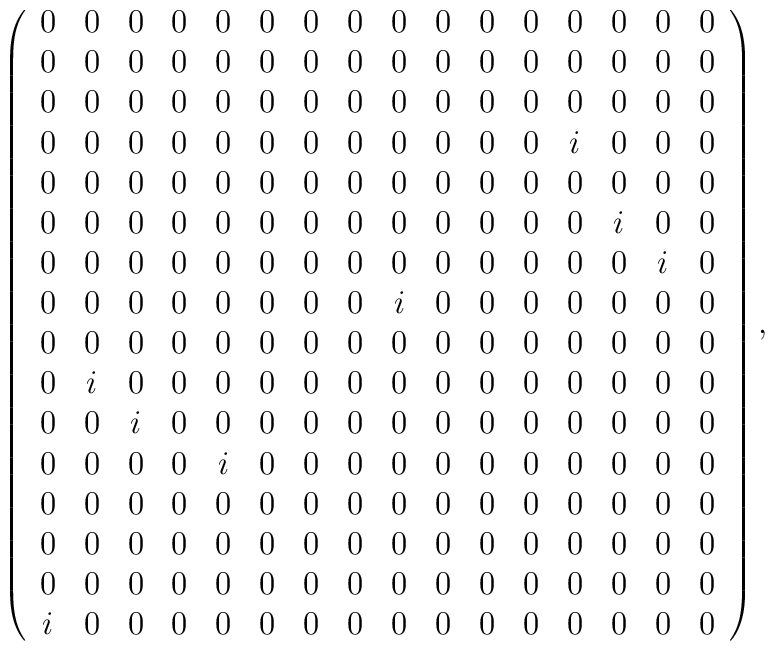
\left(    \begin{array}{cccccccccccccccc}     0&0&0&0&0&0&0&0&0&0&0&0&0&0&0&0\\     0&0&0&0&0&0&0&0&0&0&0&0&0&0&0&0\\     0&0&0&0&0&0&0&0&0&0&0&0&0&0&0&0\\     0&0&0&0&0&0&0&0&0&0&0&0&i&0&0&0\\     0&0&0&0&0&0&0&0&0&0&0&0&0&0&0&0\\     0&0&0&0&0&0&0&0&0&0&0&0&0&i&0&0\\     0&0&0&0&0&0&0&0&0&0&0&0&0&0&i&0\\     0&0&0&0&0&0&0&0&i&0&0&0&0&0&0&0\\     0&0&0&0&0&0&0&0&0&0&0&0&0&0&0&0\\     0&i&0&0&0&0&0&0&0&0&0&0&0&0&0&0\\     0&0&i&0&0&0&0&0&0&0&0&0&0&0&0&0\\     0&0&0&0&i&0&0&0&0&0&0&0&0&0&0&0\\     0&0&0&0&0&0&0&0&0&0&0&0&0&0&0&0\\     0&0&0&0&0&0&0&0&0&0&0&0&0&0&0&0\\     0&0&0&0&0&0&0&0&0&0&0&0&0&0&0&0\\     i&0&0&0&0&0&0&0&0&0&0&0&0&0&0&0    \end{array}\right),